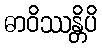
ဓာဝိဿန္တိပိ